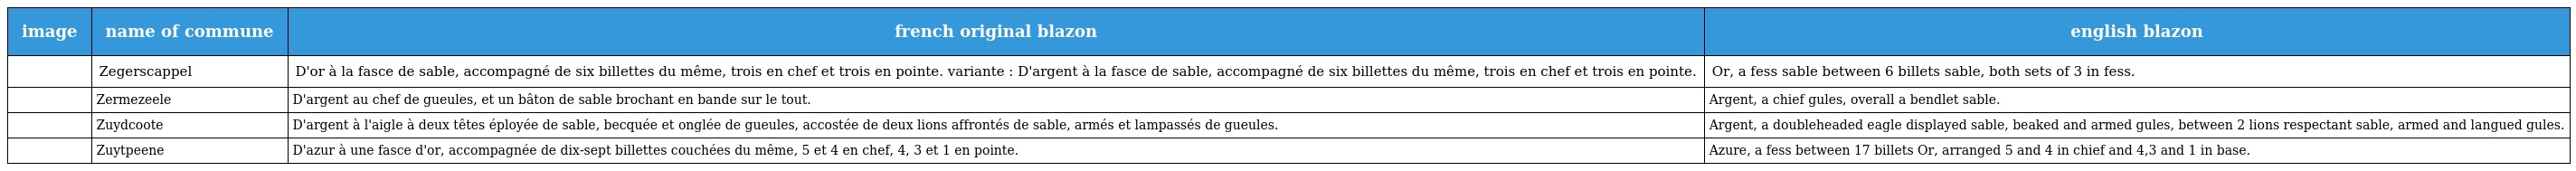
| image | name of commune | french original blazon | english blazon |
 | --- | --- | --- | --- |
 |  | Zegerscappel | D'or à la fasce de sable, accompagné de six billettes du même, trois en chef et trois en pointe. variante : D'argent à la fasce de sable, accompagné de six billettes du même, trois en chef et trois en pointe. | Or, a fess sable between 6 billets sable, both sets of 3 in fess. |
 |  | Zermezeele | D'argent au chef de gueules, et un bâton de sable brochant en bande sur le tout. | Argent, a chief gules, overall a bendlet sable. |
 |  | Zuydcoote | D'argent à l'aigle à deux têtes éployée de sable, becquée et onglée de gueules, accostée de deux lions affrontés de sable, armés et lampassés de gueules. | Argent, a doubleheaded eagle displayed sable, beaked and armed gules, between 2 lions respectant sable, armed and langued gules. |
 |  | Zuytpeene | D'azur à une fasce d'or, accompagnée de dix-sept billettes couchées du même, 5 et 4 en chef, 4, 3 et 1 en pointe. | Azure, a fess between 17 billets Or, arranged 5 and 4 in chief and 4,3 and 1 in base. |